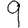
Digit: 9